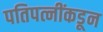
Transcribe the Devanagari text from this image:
पतिपत्नींकडून